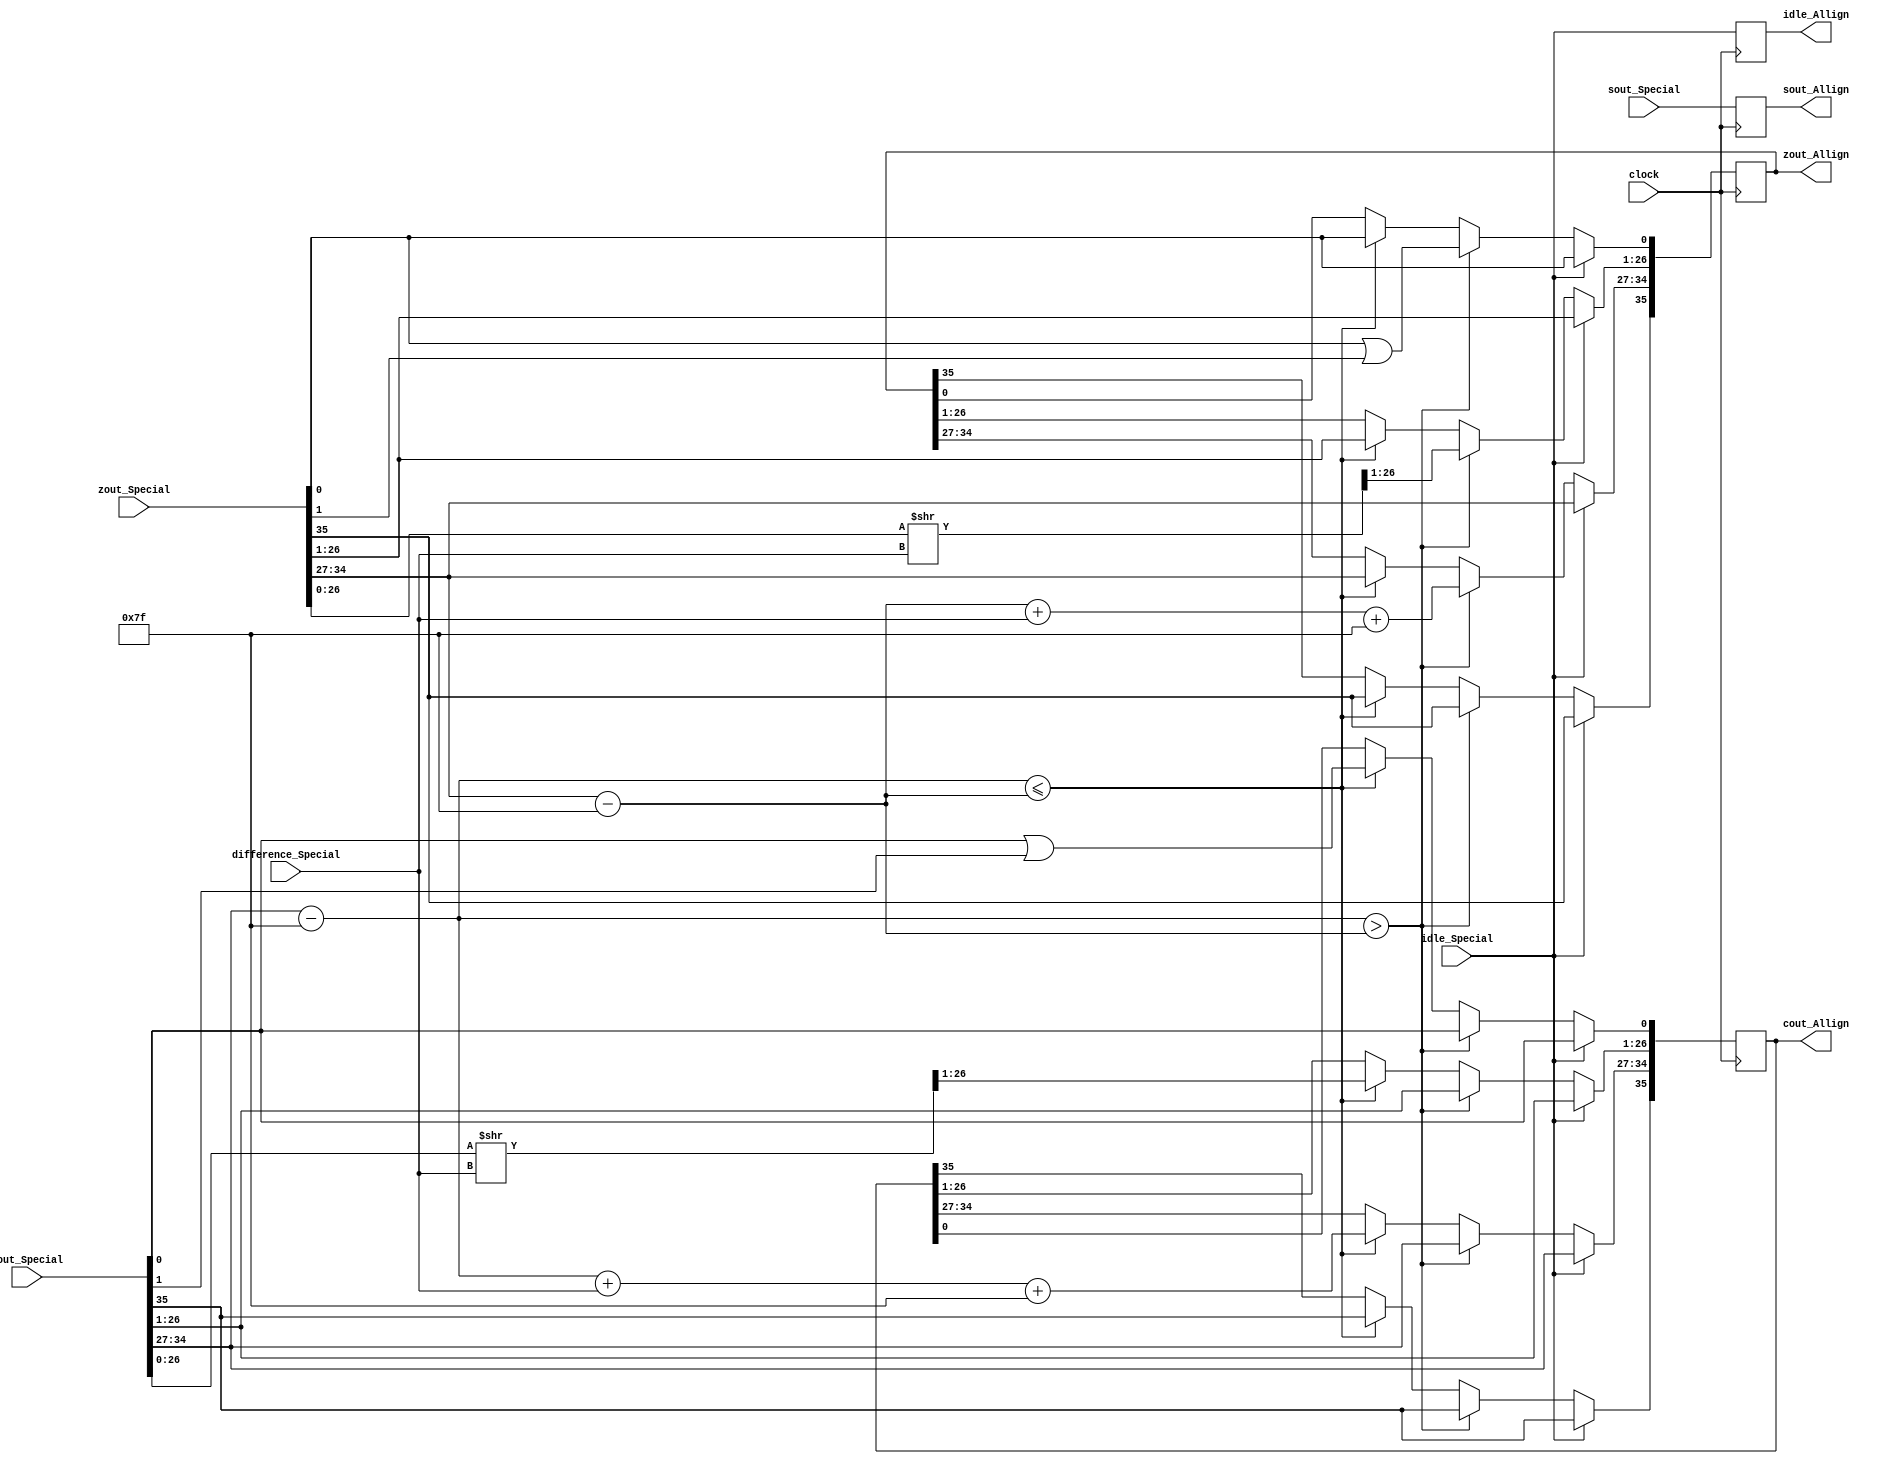
module AllignAdder(
	input idle_Special,
	input [35:0] cout_Special,
	input [35:0] zout_Special,
	input [31:0] sout_Special,
	input [7:0] difference_Special,
	input clock,
	output reg idle_Allign,
	output reg [35:0] cout_Allign,
	output reg [35:0] zout_Allign,
	output reg [31:0] sout_Allign
   );

parameter no_idle = 1'b01,
			 put_idle = 1'b1;

wire z_sign;
wire [7:0] z_exponent;
wire [26:0] z_mantissa;

wire c_sign;
wire [7:0] c_exponent;
wire [26:0] c_mantissa;

assign z_sign = zout_Special[35];
assign z_exponent = zout_Special[34:27] - 127;
assign z_mantissa = {zout_Special[26:0]};

assign c_sign = cout_Special[35];
assign c_exponent = cout_Special[34:27] - 127;
assign c_mantissa = {cout_Special[26:0]};

always @ (posedge clock)
begin
	
	idle_Allign <= idle_Special;
	sout_Allign <= sout_Special;
	
	if (idle_Special != put_idle) begin
		if ($signed(c_exponent) > $signed(z_exponent)) begin
			zout_Allign[35] <= zout_Special[35];
			zout_Allign[34:27] <= z_exponent + difference_Special + 127;
			zout_Allign[26:0] <= z_mantissa >> difference_Special;
			zout_Allign[0] <= z_mantissa[0] | z_mantissa[1];
			cout_Allign <= cout_Special;
		end else if ($signed(c_exponent) <= $signed(z_exponent)) begin
			cout_Allign[35] <= cout_Special[35];
			cout_Allign[34:27] <= c_exponent + difference_Special + 127;
			cout_Allign[26:0] <= c_mantissa >> difference_Special;
			cout_Allign[0] <= c_mantissa[0] | c_mantissa[1];
			zout_Allign <= zout_Special;
		 end		
	end
	
	else begin
		zout_Allign <= zout_Special;
		cout_Allign <= cout_Special;
	end
end

endmodule